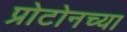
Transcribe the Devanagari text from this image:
प्रोटोनच्या